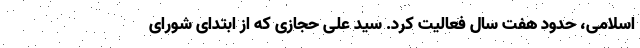
اسلامی، حدود هفت سال فعالیت کرد. سید علی حجازی که از ابتدای شورای